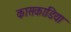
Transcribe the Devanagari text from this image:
कासकाडिया